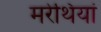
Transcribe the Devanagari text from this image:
मरेथियां